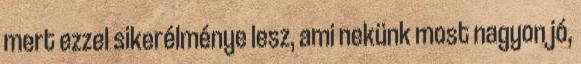
mert ezzel sikerélménye lesz, ami nekünk most nagyon jó,